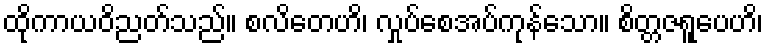
ထိုကာယဝိညတ်သည်။ စလိတေဟိ၊ လှုပ်စေအပ်ကုန်သော။ စိတ္တဇရူပေဟိ၊